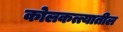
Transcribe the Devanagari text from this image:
कोलकत्त्यातील